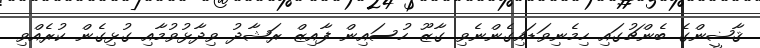
ޤާޟީންގެ ބެންޗުގައި ހިމެނިވަޑައިގެންނެވި ގާޒޫ ހުސައިން ފާއިޒް ރަޝާދު ވިދާޅުވުމާއި ގުޅިގެން ކުރެއްވި